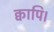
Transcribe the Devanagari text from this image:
क्वापि।